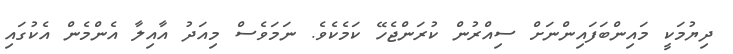
ދިޔުމަކީ މައިންބަފައިންނަށް ސިއްރުން ކުރަންޖެހޭ ކަމެކެވެ. ނަމަވެސް މިއަދު އާއިލާ އެންމެން އެކުގައި